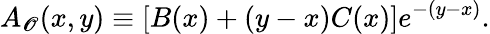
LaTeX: A_{\mathscr{O}}(x,y)\equiv[B(x)+(y-x)C(x)]e^{-(y-x)}.